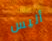
أليس